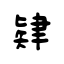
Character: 肄